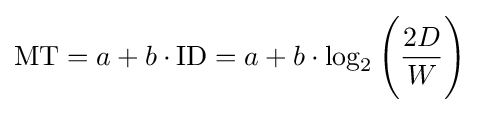
{\text{MT}}=a+b\cdot {\text{ID}}=a+b\cdot \log _{2}{\Bigg (}{\frac {2D}{W}}{\Bigg )}